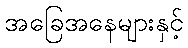
အခြေအနေများနှင့်